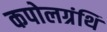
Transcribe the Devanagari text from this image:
कपोलग्रंथि